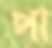
পা